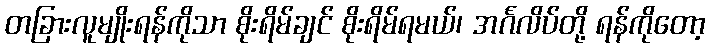
တခြားလူမျိုးရန်ကိုသာ စိုးရိမ်ချင် စိုးရိမ်ရမယ်၊ အင်္ဂလိပ်တို့ ရန်ကိုတော့